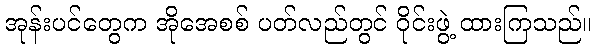
အုန်းပင်တွေက အိုအေစစ် ပတ်လည်တွင် ဝိုင်းဖွဲ့ ထားကြသည်။